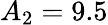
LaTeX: A_{2}=9.5